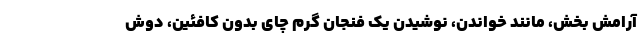
آرامش بخش، مانند خواندن، نوشیدن یک فنجان گرم چای بدون کافئین، دوش